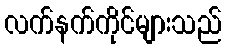
လက်နက်ကိုင်များသည်